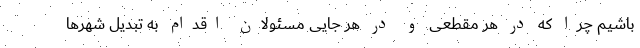
باشیم چرا که در هر مقطعی و در هر جایی مسئولان اقدام به تبدیل شهرها